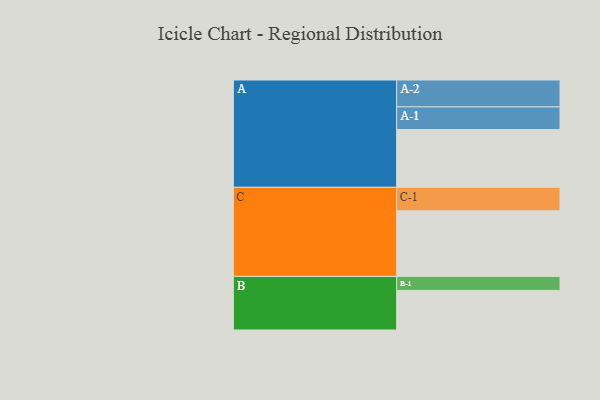
{"axis": {"x": "Segment", "y": "Value"}, "legend": ["", "A", "B", "C"], "data": [{"x": "A", "y": 512, "type": ""}, {"x": "B", "y": 351, "type": ""}, {"x": "C", "y": 581, "type": ""}, {"x": "A-1", "y": 201, "type": "A"}, {"x": "A-2", "y": 238, "type": "A"}, {"x": "B-1", "y": 124, "type": "B"}, {"x": "C-1", "y": 208, "type": "C"}]}